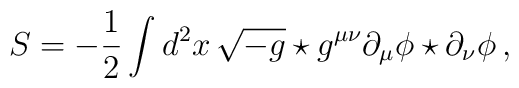
S=-\frac{1}{2}\int d^2x\,\sqrt{-g}\star g^{\mu\nu}\partial_\mu\phi\star\partial_\nu\phi\,,